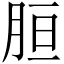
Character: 𦚸